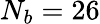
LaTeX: N_{b}=26